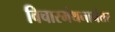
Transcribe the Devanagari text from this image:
विचारमंथनानंतर